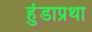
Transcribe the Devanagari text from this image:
हुंडाप्रथा